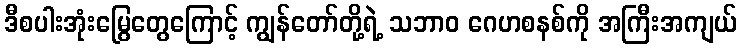
ဒီစပါးအုံးမြွေတွေကြောင့် ကျွန်တော်တို့ရဲ့ သဘာဝ ဂေဟစနစ်ကို အကြီးအကျယ်